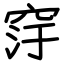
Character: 窏